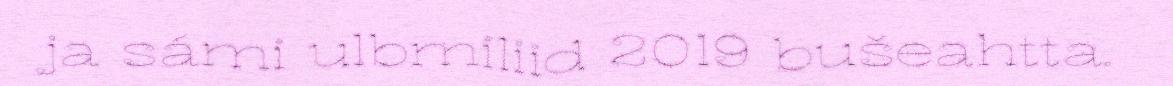
ja sámi ulbmiliid 2019 bušeahtta.